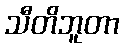
သီတိဘူတာ